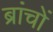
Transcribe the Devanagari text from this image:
ब्रांचों